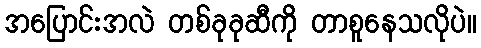
အပြောင်းအလဲ တစ်ခုခုဆီကို တာစူနေသလိုပဲ။